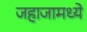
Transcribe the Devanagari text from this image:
जहाजामध्ये